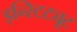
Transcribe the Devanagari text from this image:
इन्स्टिट्यूट